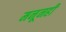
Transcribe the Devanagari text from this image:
मनूनही